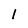
Character: 1